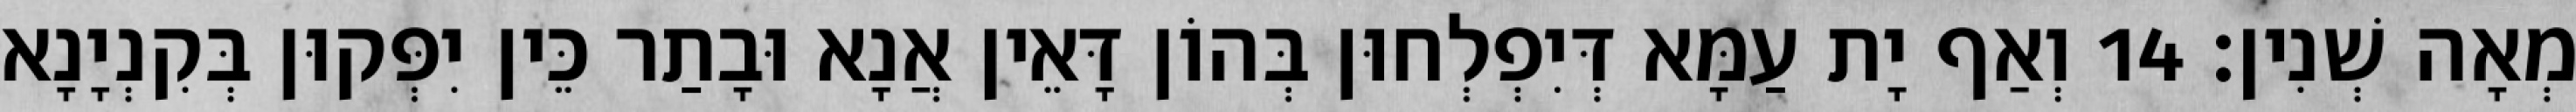
מְאָה שְׁנִין׃ 14 וְאַף יָת עַמָּא דְּיִפְלְחוּן בְּהוֹן דָּאֵין אֲנָא וּבָתַר כֵּין יִפְּקוּן בְּקִנְיָנָא